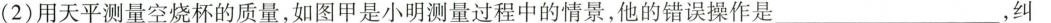
(2)用天平测量空烧杯的质量，如图甲是小明测量过程中的情景，他的错误操作是___，纠